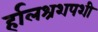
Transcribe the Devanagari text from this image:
र्हालश्रशपशी